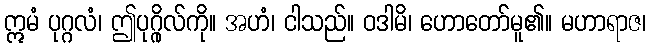
ဣမံ ပုဂ္ဂလံ၊ ဤပုဂ္ဂိုလ်ကို။ အဟံ၊ ငါသည်။ ဝဒါမိ၊ ဟောတော်မူ၏။ မဟာရာဇ၊